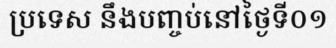
ប្រទេស នឹងបញ្ចប់នៅថ្ងៃទី០១